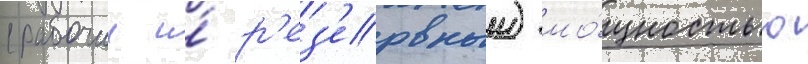
(рабочии и́ р'ез'ервныи) мо́щностью